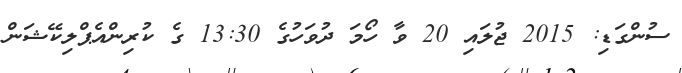
ސުންގަޑި: 2015 ޖުލައި 20 ވާ ހޯމަ ދުވަހުގެ 13:30 ގެ ކުރިންއެޕްލިކޭޝަން